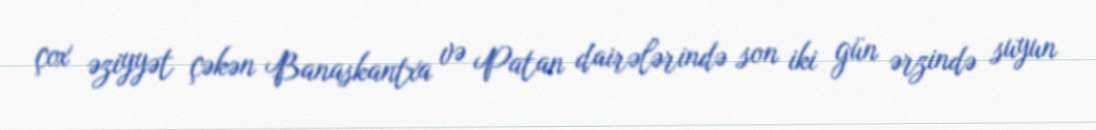
çox əziyyət çəkən Banaskantxa və Patan dairələrində son iki gün ərzində suyun